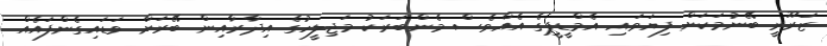
ޒަރޫރީ ބޭނުމަކަށް ފިޔަވައި އެމްޑީޕީގެ އެއްވެސް މެންބަރަކު މަޖިލީހުގެ އިދާރާއިން ބޭރަށް ވަޑައިގެންފައެއް